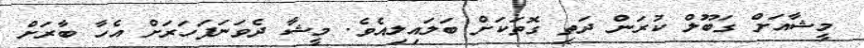
މީޝާއަށް ގަބޫލް ކުރަން ދަތި ގޮތަކަށް ބަލައިލިއެވެ. މީޝާ ދެވަނަފަހަރަށް އެހާ ބާރަށް